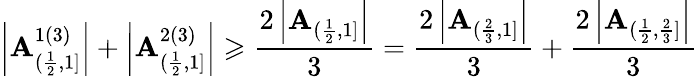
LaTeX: \left|\mathbf{A}_{(\frac{{1}}{{2}},1]}^{1(3)}\right|+\left|\mathbf{A}_{(\frac{{1}}{{2}},1]}^{2(3)}\right|\geqslant\frac{{2\left|\mathbf{A}_{(\frac{{1}}{{2}},1]}\right|}}{{3}}=\frac{{2\left|\mathbf{A}_{(\frac{{2}}{{3}},1]}\right|}}{{3}}+\frac{{2\left|\mathbf{A}_{(\frac{{1}}{{2}},\frac{{2}}{{3}}]}\right|}}{{3}}